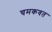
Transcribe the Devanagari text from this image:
चमकवत